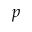
p